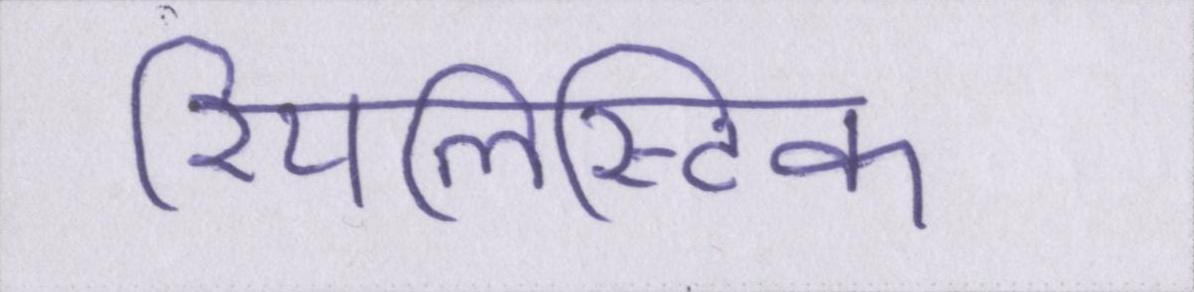
रियलिस्टिक